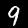
Label: 9